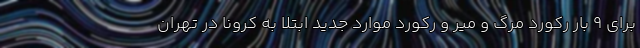
برای ۹ بار رکورد مرگ و میر و رکورد موارد جدید ابتلا به کرونا در تهران